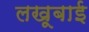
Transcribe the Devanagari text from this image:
लखूबाई